Indian journal of veterinary science and animal husbandry - Volumes 22-23, 1952-1953
Year: 1952
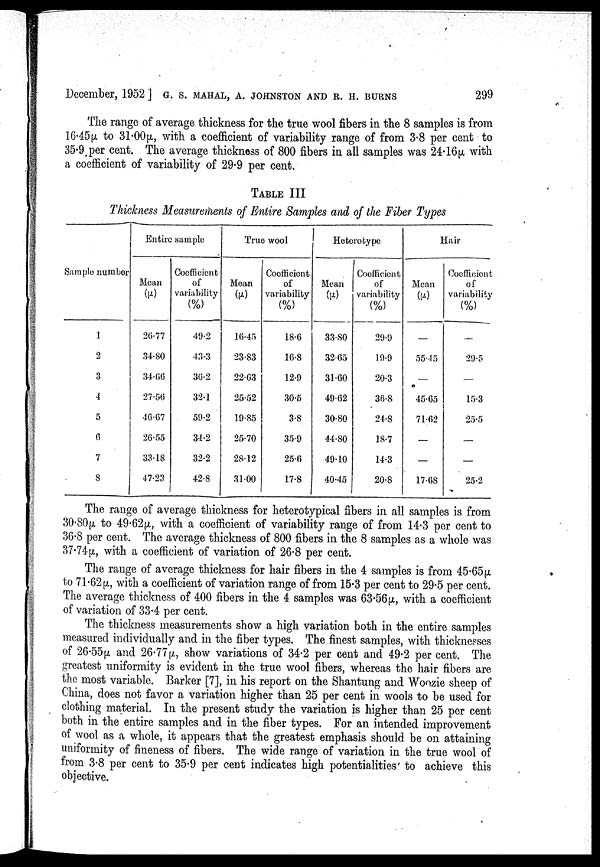
December, 1952] G. S. MAHAL, A. JOHNSTON AND R. H. BURNS 299
The range of average thickness for the true wool fibers in the 8 samples is from
16.45µ to 31.00µ, with a coefficient of variability range of from 3.8 per cent to
35.9 per cent. The average thickness of 800 fibers in all samples was 24.16µ with
a coefficient of variability of 29.9 per cent.
TABLE III
Thickness Measurerments of Entire Samples and of the Fiber Types
Sample number
1
2
3
4
5
6
7
8
Entire sample
Mean
(µ)
26.77
34.80
34.66
27.56
46.67
26.55
33.18
47.23
Coefficient
of
variability
(%)
49.2
43.3
30.2
32.1
59.2
34.2
32.2
42.8
True wool
Mean
(µ)
16.45
23.83
22.03
25.52
19.85
25.70
28.12
31.00
Coefficient
of
variability
(%)
18.6
16.8
12.9
30.5
3.8
35.9
25.6
17.8
Hetorotype
Mean
(µ)
33.80
32.05
31.00
49.62
30.80
44.80
49.10
40-45
Coefficient
of
variability
(%)
29-9
19.9
20.3
36.8
24.8
18.7
14.3
20.8
Hair
Mean
(µ)
—
55.45
—
45.65
71.62
—
—
17.68
Coefficient
of
variability
(%)
—
29.5
—
15.3
25.5
—
—
25.2
The range of average thickness for heterotypical fibers in all samples is from
30.80µ to 49.62µ, with a coefficient of variability range of from 14.3 per cent to
36.8 per cent. The average thickness of 800 fibers in the 8 samples as a whole was
37.74µ, with a coefficient of variation of 26.8 per cent.
The range of average thickness for hair fibers in the 4 samples is from 45.65µ,
to 71.62µ, with a coefficient of variation range of from 15.3 per cent to 29.5 per cent.
The average thickness of 400 fibers in the 4 samples was 63.56µ, with a coefficient
of variation of 33.4 per cent.
The thickness measurements show a high variation both in the entire samples
measured individually and in the fiber types. The finest samples, with thicknesses
of 26.55µ, and 26.77µ, show variations of 34.2 per cent and 49.2 per cent. The
greatest uniformity is evident in the true wool fibers, whereas the hair fibers are
the most variable. Barker [7], in his report on the Shantung and Woozie sheep of
China, does not favor a variation higher than 25 per cent in wools to be used for
clothing material. In the present study the variation is higher than 25 per cent
both in the entire samples and in the fiber types. For an intended improvement
of wool as a whole, it appears that the greatest emphasis should be on attaining
uniformity of fineness of fibers. The wide range of variation in the true wool of
from 3.8 per cent to 35.9 per cent indicates high potentialities' to achieve this
objective.